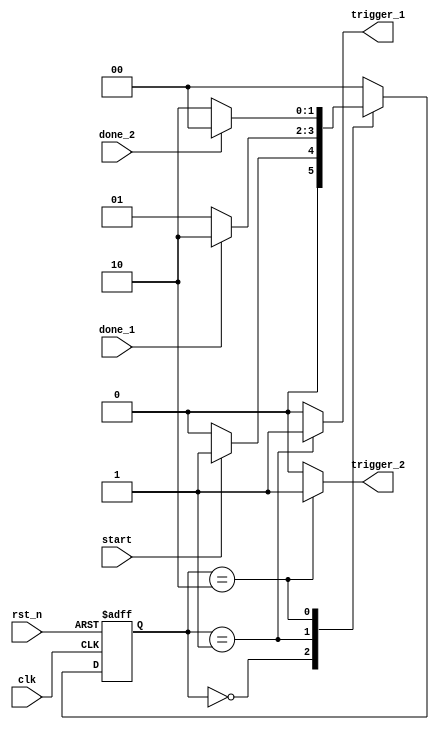
// This program was cloned from: https://github.com/AugustinJose1221/FPGA-Build
// License: MIT License


module controller(
input clk,                 //clock
input rst_n,               //external reset
input done_1,              //
input done_2,
input start,               //external start command
output trigger_1,          //
output trigger_2
);

parameter [1:0] IDLE = 2'b00, SLAVE_1 = 2'b01, SLAVE_2 = 2'b10;
reg [1:0] CS, NS;

always @(posedge clk or negedge rst_n)
begin
 if (~rst_n)
  CS <= IDLE;
 else CS <= NS;
end

always @(start, done_1, done_2)
begin
 case(CS)
 IDLE: begin
        if (start == 1'b1)
         NS = SLAVE_1;
        else NS = IDLE;
       end
 SLAVE_1: begin
               if (done_1 == 1'b1)
                NS = SLAVE_2;
               else NS = SLAVE_1;
              end
 SLAVE_2: begin
               if (done_2 == 1'b1)
                NS = IDLE;
               else NS = SLAVE_2;
             end
 default: NS = IDLE;
 endcase
end

assign trigger_1 = (CS == SLAVE_1) ? 1'b1 : 1'b0; 
assign trigger_2 = (CS == SLAVE_2) ? 1'b1 : 1'b0; 

endmodule